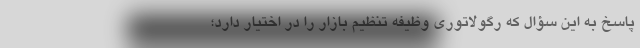
پاسخ به این سؤال که رگولاتوری وظیفه تنظیم بازار را در اختیار دارد؛